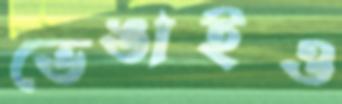
ভেঙাইও